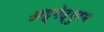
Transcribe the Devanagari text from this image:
अह्मेद्पुरम